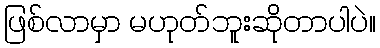
ဖြစ်လာမှာ မဟုတ်ဘူးဆိုတာပါပဲ။